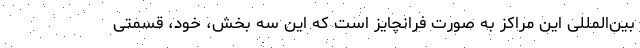
بین‌المللی این مراکز به صورت فرانچایز است که این سه بخش، خود، قسمتی